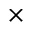
\times